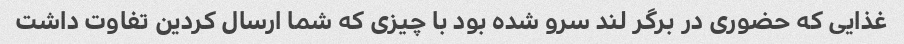
غذایی که حضوری در برگر لند سرو شده بود با چیزی که شما ارسال کردین تفاوت داشت